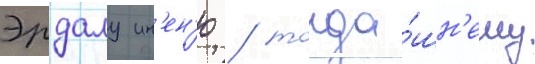
Эрдалу ин'ен'ю / тогда́шн'ему